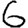
Digit: 6